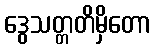
ဒွေသတ္တတိမှိတော